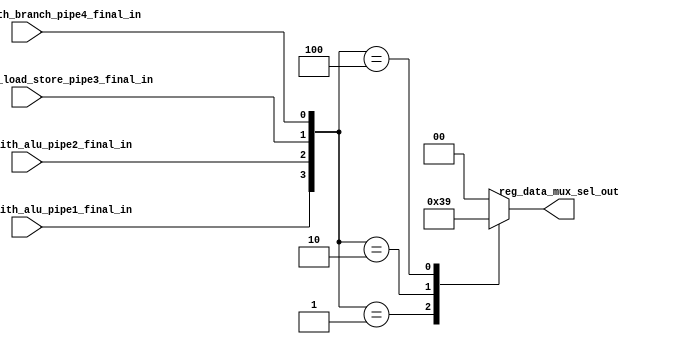
module reg_mux_sel(input tag_matched_with_alu_pipe1_final_in,
						input tag_matched_with_alu_pipe2_final_in,
						input tag_matched_with_load_store_pipe3_final_in,
						input tag_matched_with_branch_pipe4_final_in,
						output reg [1:0] reg_data_mux_sel_out
    );

always@(*)
begin
	case({tag_matched_with_alu_pipe1_final_in,tag_matched_with_alu_pipe2_final_in,
	tag_matched_with_load_store_pipe3_final_in,tag_matched_with_branch_pipe4_final_in})
		4'b0001 : 
		begin
			reg_data_mux_sel_out = 2'b11;
		end
		4'b0010 : 
		begin
			reg_data_mux_sel_out = 2'b10;
		end
		4'b0100 : 
		begin
			reg_data_mux_sel_out = 2'b01;
		end
		4'b1000 : 
		begin
			reg_data_mux_sel_out = 2'b00;
		end
		default : 
		begin
			reg_data_mux_sel_out = 2'b00;
		end
	endcase
end

endmodule